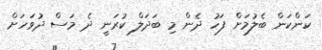
ކަންކަން ބެލުމަށް ފަހު ދެން މި ބަދަލް ކުރަނީ ދެ މަސް ދުވަހަށް